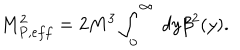
LaTeX: M _ { P , e f f } ^ { 2 } = 2 M ^ { 3 } \int _ { 0 } ^ { \infty } \ d y \beta ^ { 2 } ( y ) .